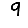
Digit: 9